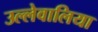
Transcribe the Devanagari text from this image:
उल्लेवालिया